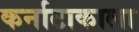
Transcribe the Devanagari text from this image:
कर्नाटाकाला